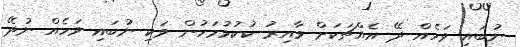
ނުބައި ވަހެެއް ދޭ އެއްޗަކަށް ވާއިރު ކުކުޅުމަހުން ވަކި ނުބައި ވަހެެއް ނުދޭ